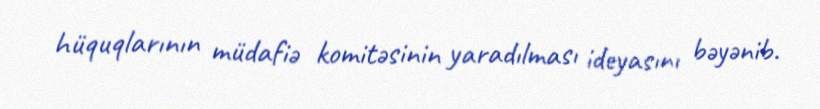
hüquqlarının müdafiə komitəsinin yaradılması ideyasını bəyənib.